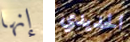
إنها الحديدي